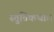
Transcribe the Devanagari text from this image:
स्तुतिकथाः।